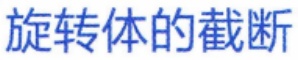
旋转体的截断